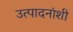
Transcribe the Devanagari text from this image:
उत्पादनांशी